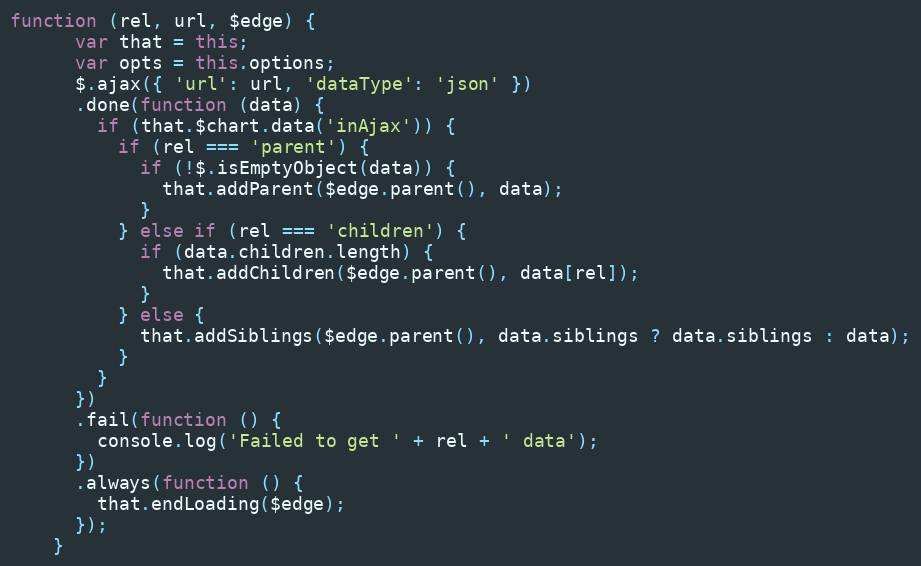
Language: JavaScript
function (rel, url, $edge) {
      var that = this;
      var opts = this.options;
      $.ajax({ 'url': url, 'dataType': 'json' })
      .done(function (data) {
        if (that.$chart.data('inAjax')) {
          if (rel === 'parent') {
            if (!$.isEmptyObject(data)) {
              that.addParent($edge.parent(), data);
            }
          } else if (rel === 'children') {
            if (data.children.length) {
              that.addChildren($edge.parent(), data[rel]);
            }
          } else {
            that.addSiblings($edge.parent(), data.siblings ? data.siblings : data);
          }
        }
      })
      .fail(function () {
        console.log('Failed to get ' + rel + ' data');
      })
      .always(function () {
        that.endLoading($edge);
      });
    }